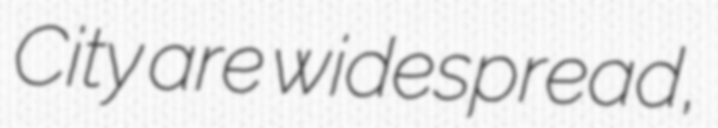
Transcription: City are widespread,